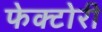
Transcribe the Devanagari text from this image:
फेक्टोरी